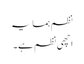
نظم ہمسایہ
اچھی نظم ہے۔